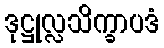
ဒုဋ္ဌုလ္လသိက္ခာပဒံ